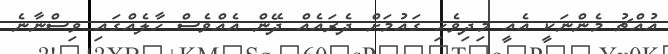
އުއްޗު މެންނަކީ އެއީ މިދިވެހި ގައުމަށް ދެރައެއް ދޭން އެއްވެސް ހާލެއްގައި ވިސްނާނެ